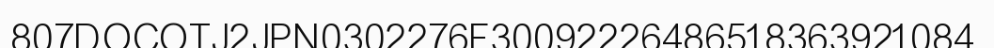
807DOCOTJ2JPN0302276F30092226486518363921084